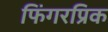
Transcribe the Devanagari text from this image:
फिंगरप्रिक